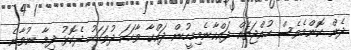
ދެން ކޮންމެވެސް ހުއްޖަތެއް ދައްކާނެމިމީހުން ދައްކާ ވާހަކަ ދުވަހަކު ދެކޮޅު ދިމާ ނުވާނެ.